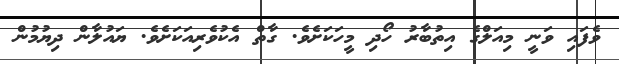
ވެފައި ވަނީ މިއަލްގެ އިތުބާރު ހޯދި މީހަކަށެވެ. ގާތް އެކުވެރިއަކަށެވެ. ޔައުލާން ދިޔުމުން